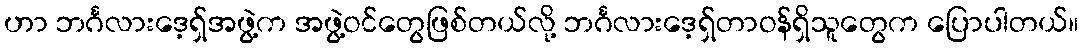
ဟာ ဘင်္ဂလားဒေ့ရှ်အဖွဲ့က အဖွဲ့ဝင်တွေဖြစ်တယ်လို့ ဘင်္ဂလားဒေ့ရှ်တာဝန်ရှိသူတွေက ပြောပါတယ်။